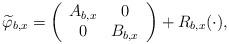
LaTeX: \begin{align*} \widetilde{\varphi}_{b,x} = \left(\begin{array}{cc}A_{b,x} & 0 \\ 0 & B_{b,x} \end{array}\right) + R_{b,x}(\cdot),\end{align*}